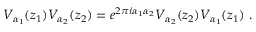
V _ { \alpha _ { 1 } } ( z _ { 1 } ) V _ { \alpha _ { 2 } } ( z _ { 2 } ) = e ^ { 2 \pi i \alpha _ { 1 } \alpha _ { 2 } } V _ { \alpha _ { 2 } } ( z _ { 2 } ) V _ { \alpha _ { 1 } } ( z _ { 1 } ) ~ .